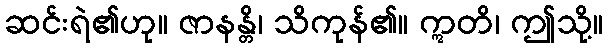
ဆင်းရဲ၏ဟု။ ဇာနန္တိ၊ သိကုန်၏။ ဣတိ၊ ဤသို့။